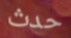
حدث